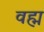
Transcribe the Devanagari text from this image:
वह्म